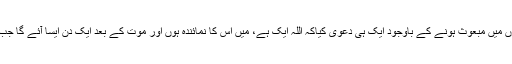
دوم: انہوں نے مختلف زمانوں اور مختلف علاقوں میں مبعوث ہونے کے باوجود ایک ہی دعویٰ کیاکہ اللہ ایک ہے، میں اس کا نمائندہ ہوں اور موت کے بعد ایک دن ایسا آئے گا جب ہر ایک کو اس اللہ کے سامنے پیش ہونا ہو گا۔